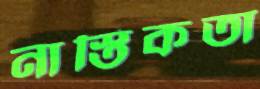
নাস্তিকতা